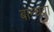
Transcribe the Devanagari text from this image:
बान्धवा